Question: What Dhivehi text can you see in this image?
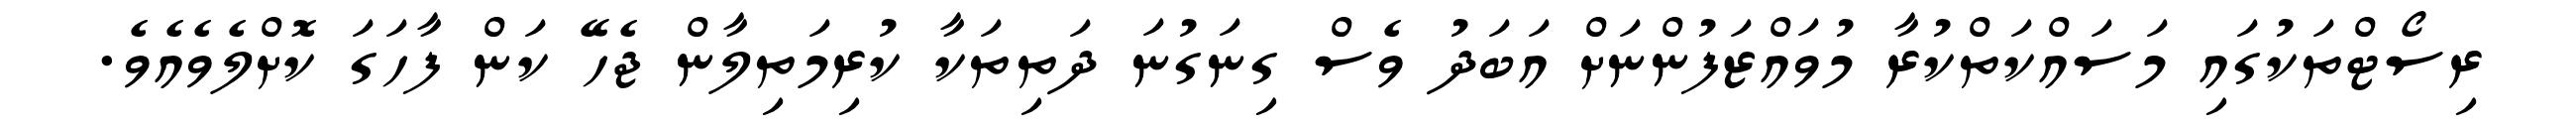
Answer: ރިސޯޓްތަކުގައި މަސައްކަތްކުރާ މުވައްޒަފުންނަށް އަބަދު ވެސް ގިނަގުނަ ދަތިތަކާ ކުރިމަތިލާން ޖެހޭ ކަން ފާހަގަ ކޮށްލެވެއެވެ.